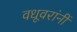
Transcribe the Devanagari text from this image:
वधूवरांनीं